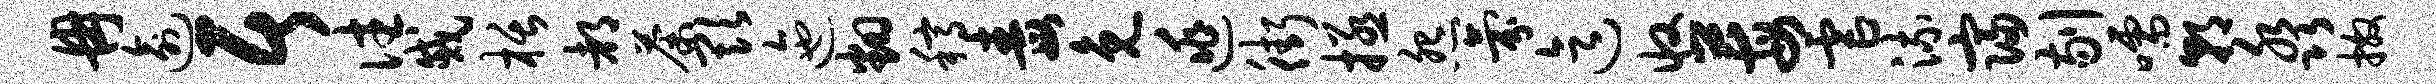
冉逾居往戚栝都荼欺迤翻稿毒免逃街拯怨氛迄收莓虐流寝剔嚅朝淼撒